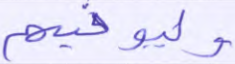
وليوفيهم